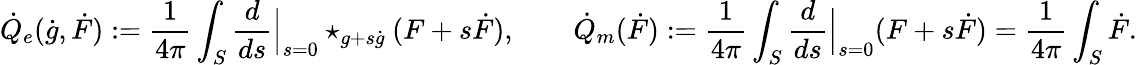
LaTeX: \dot{Q}_{e}(\dot{g},\dot{F}):=\frac{1}{4\pi}\int_{S}\frac{d}{ds}\Big\lvert_{s=0}\star_{g+s\dot{g}}(F+s\dot{F}),\qquad\dot{Q}_{m}(\dot{F}):=\frac{1}{4\pi}\int_{S}\frac{d}{ds}\Big\lvert_{s=0}(F+s\dot{F})=\frac{1}{4\pi}\int_{S}\dot{F}.